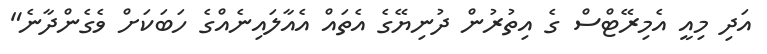
އަދި މިއީ އެމިރޭޓްސް ގެ އިތުރުން ދުނިޔޭގެ އެތައް އެއާލައިނެއްގެ ހަބަކަށް ވެގެންދާނެ"